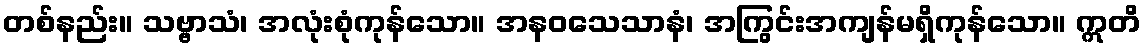
တစ်နည်း။ သဗ္ဗာသံ၊ အလုံးစုံကုန်သော။ အနဝသေသာနံ၊ အကြွင်းအကျန်မရှိကုန်သော။ ဣတိ